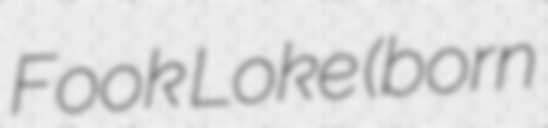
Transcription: Fook Loke (born